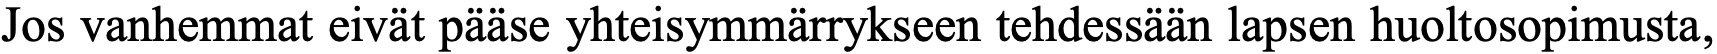
Jos vanhemmat eivät pääse yhteisymmärrykseen tehdessään lapsen huoltosopimusta,